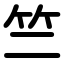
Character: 竺